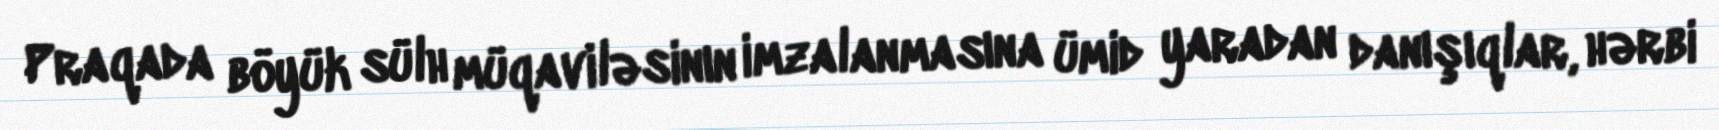
Praqada böyük sülh müqaviləsinın imzalanmasına ümid yaradan danışıqlar, hərbi